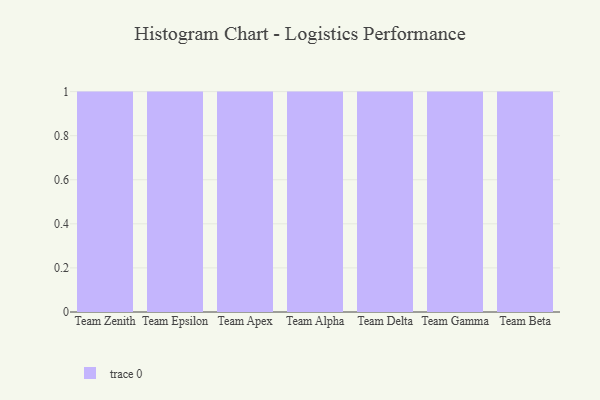
{"axis": {"x": "Team", "y": "Population (Million)"}, "legend": [""], "data": [{"x": "Team Zenith", "y": 8, "type": ""}, {"x": "Team Epsilon", "y": 33, "type": ""}, {"x": "Team Apex", "y": 17, "type": ""}, {"x": "Team Alpha", "y": 100, "type": ""}, {"x": "Team Delta", "y": 35, "type": ""}, {"x": "Team Gamma", "y": 88, "type": ""}, {"x": "Team Beta", "y": 75, "type": ""}]}